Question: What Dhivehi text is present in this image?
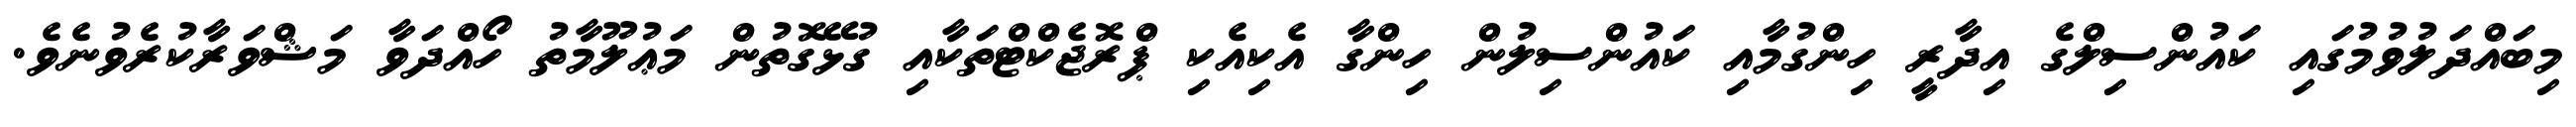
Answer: މިބައްދަލުވުމުގައި ކައުންސިލްގެ އިދާރީ ހިންގުމާއި ކައުންސިލުން ހިންގާ އެކިއެކި ޕްރޮޖެކްޓްތަކާއި ގުޅޭގޮތުން މަޢުލޫމާތު ހޯއްދަވާ މަޝްވަރާކުރެވުނެވެ.